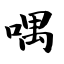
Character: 喁